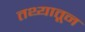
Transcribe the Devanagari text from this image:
तथ्यातून